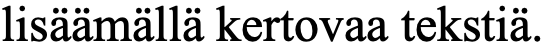
lisäämällä kertovaa tekstiä.